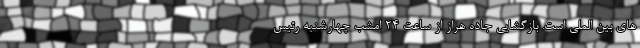
های بین الملی است. بازگشایی جاده هراز از ساعت ۲۴ امشب چهارشنبه رئیس